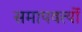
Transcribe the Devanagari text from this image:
समापवर्त्यो